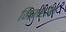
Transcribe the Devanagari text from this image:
निमहांस